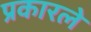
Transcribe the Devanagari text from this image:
प्रकारले